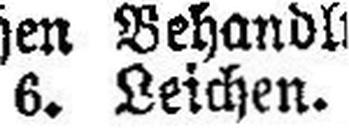
6. Leichen.